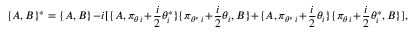
\lbrace A , B \rbrace { } ^ { * } = \lbrace A , B \rbrace - i [ \lbrace A , \pi _ { \theta \, i } + { \frac { i } { 2 } } \theta _ { i } ^ { * } \rbrace \lbrace \pi _ { \theta ^ { * } \, i } + { \frac { i } { 2 } } \theta _ { i } , B \rbrace + \lbrace A , \pi _ { \theta ^ { * } \, i } + { \frac { i } { 2 } } \theta _ { i } \rbrace \lbrace \pi _ { \theta \, i } + { \frac { i } { 2 } } \theta _ { i } ^ { * } , B \rbrace ] ,